Civil Veterinary Dept. Bombay admin report 1932-41 - 1932-1941
Year: 1932
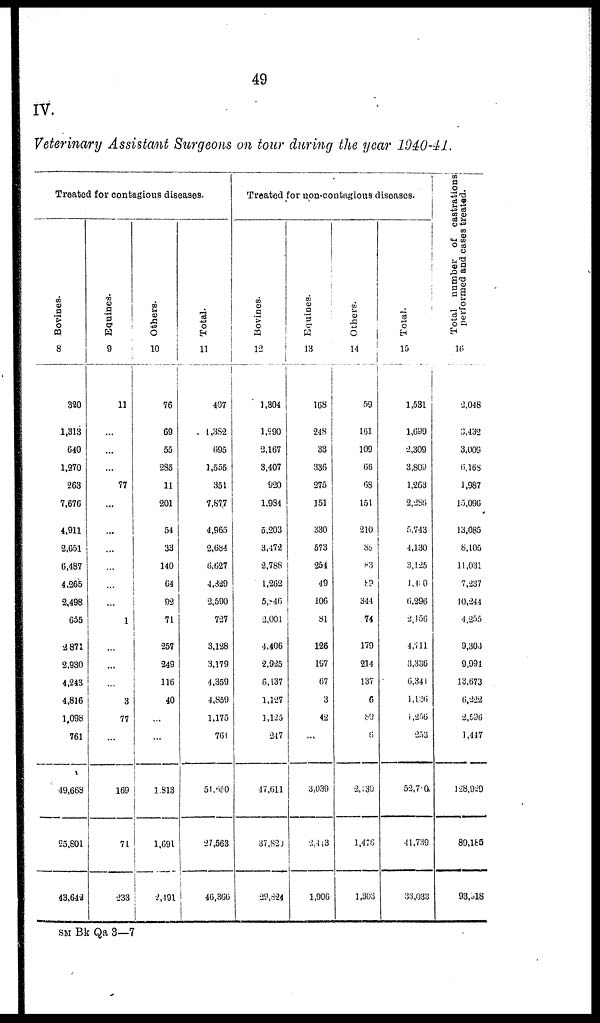
49
IV.
Veterinary Assistant Surgeons on tour during the year 1940-41.
Treated for contagious diseases.
Bovines.
8
320
1,313
640
1,270
263
7,676
4,911
2,651
6,487
4,265
2,498
655
2871
2,930
4,243
4,816
1,098
761
49,668
25,801
43,642
Equines.
9
11
...
...
...
77
...
...
...
...
...
...
1
...
...
...
3
77
...
169
71
233
Others.
10
76
69
55
285
11
201
54
33
140
64
92
71
257
249
116
40
...
...
1,813
1,691
2,491
Total.
11
407
1,382
695
1,555
351
7,877
4,965
2,684
6,627
4,329
2,590
727
3,128
3,179
4,359
4,859
1,175
761
51,660
27,563
46,366
Treated for non-contagious diseases.
Bovines.
12
1,304
1,290
2,167
3,407
920
1,984
5,203
3,472
2,788
1,262
5,846
2,001
4,406
2,925
6,137
1,127
1,125
247
17,611
37,820
29,824
Equines.
13
168
248
33
336
275
151
330
573
254
49
106
81
126
197
67
3
42
...
3,039
2,443
1,906
Others.
14
59
161
109
66
68
151
210
86
83
89
344
74
179
214
137
6
89
6
2,130
1,476
1,303
Total.
15
1,531
1,699
2,309
3,809
1,263
2,286
5,743
4,130
3,125
1,480
6,296
2,156
4,711
3,336
6,341
1,136
1,256
253
52,7 0
41,739
33,033
Total number of castrations
performed and cases treated.
16
2,048
3,432
3,009
6,168
1,987
15,096
13,085
8,105
11,031
7,237
10,244
4,255
9,300
9,994
13,673
6,222
2,596
1,447
128,929
89,185
93,918
SM Bk Qa 3—7